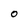
Character: O